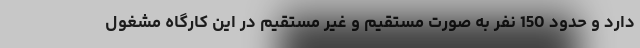
دارد و حدود 150 نفر به صورت مستقیم و غیر مستقیم در این کارگاه مشغول